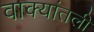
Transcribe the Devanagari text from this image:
वाक्यांतली